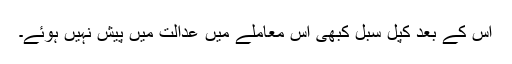
اس کے بعد کپل سبل کبھی اس معاملے میں عدالت میں پیش نہیں ہوئے۔